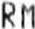
RM